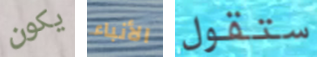
يكون الأنباء ستقول